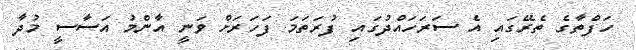
ހަފްތާގެ ތެރޭގައި އެ ސަރަހައްދުގައި ފުރަތަމަ ފަހަރަށް ވަނީ އާންމު އަސާސީ މުދާ